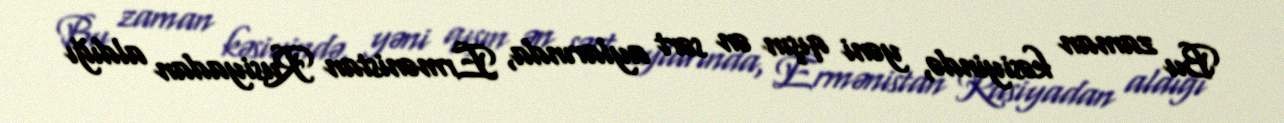
Bu zaman kəsiyində, yəni qışın ən sərt aylarında, Ermənistan Rusiyadan aldığı